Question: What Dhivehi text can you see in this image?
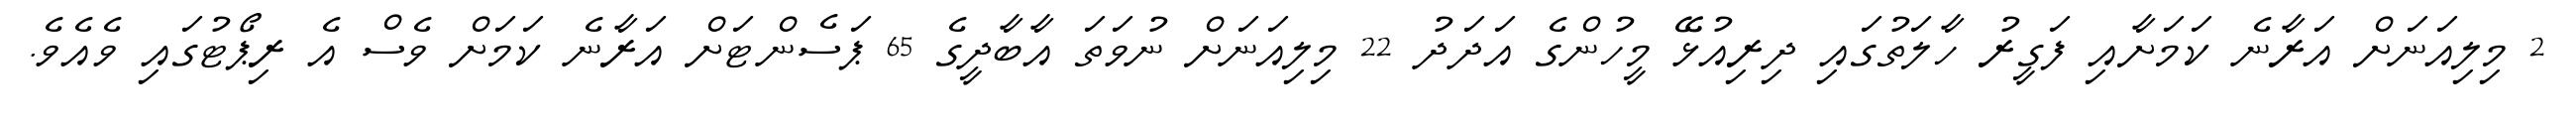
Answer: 2 މިލިއަނަށް އަރާނެ ކަމަށާއި ފަގީރު ހާލަތުގައި ދިރިއުޅޭ މީހުންގެ އަދަދު 22 މިލިއަނަށް ނުވަތަ އާބާދީގެ 65 ޕަސެންޓަށް އަރާނެ ކަމަށް ވެސް އެ ރިޕޯޓުގައި ވެއެވެ.